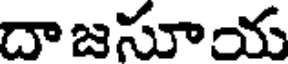
దాజసూయ